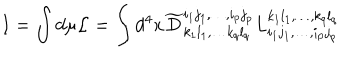
I = \int d \mu { \cal L } = \int d ^ { 4 } x \widetilde { D } _ { k _ { 1 } l _ { 1 } , \ldots k _ { q } l _ { q } } ^ { i _ { 1 } j _ { 1 } , \ldots , i _ { p } j _ { p } } L _ { i _ { 1 } j _ { 1 } , \ldots , i _ { p } j _ { p } } ^ { k _ { 1 } l _ { 1 } , \ldots , k _ { q } l _ { q } }